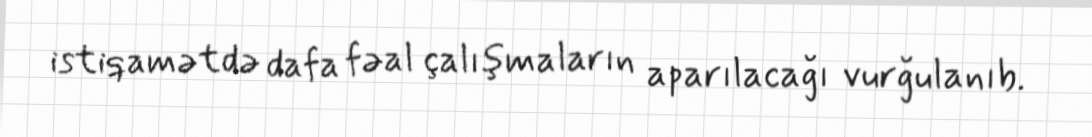
istiqamətdə dafa fəal çalışmaların aparılacağı vurğulanıb.